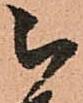
被